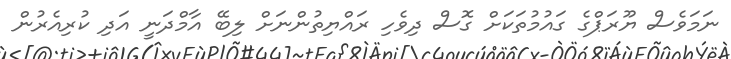
ނަމަވެސް ޔޫރަޕްގެ ގައުމުތަކަށް ގޮސް ދިވެހި ރައްޔިތުންނަށް ލިބޭ އާމްދަނީ އަދި ކުރިއެރުން